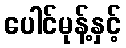
ပေါင်မုန့်နှင့်